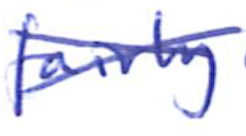
Text: fairly
Cross-out: cross
Writing tool: ballpoint